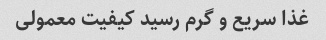
غذا سریع و گرم رسید کیفیت معمولی